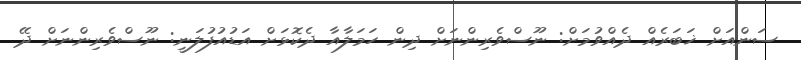
ސަންއަށް ޚަބަރެއް ދެއްވުމަށް: ނޫސްވެރިންނަށް ދިން ހަމަލާއާ ދެކޮޅަށް އަޑުއުފުލަނީ: ނޫސްވެރިންނަށް ދޭ